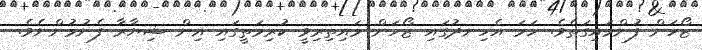
ޒޯހަން ފުންމައިގަތެވެ. ހަމަ އެހިނދުގައި ޒޯހަން މައިތިރިވީ ކުރިމަތީގައި އިން ޝިޔާރާ ފެނުމުންނެވެ.